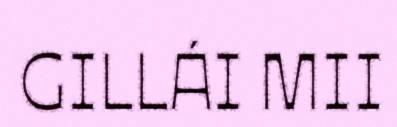
GILLÁI MII